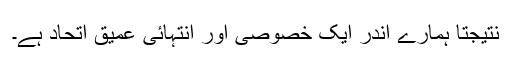
نتیجتاً ہمارے اندر ایک خصوصی اور انتہائی عمیق اتحاد ہے۔